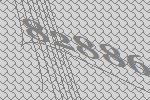
82886